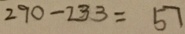
2 9 0 - 2 3 3 = 5 7